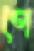
পে